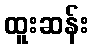
ထူးဆန်း